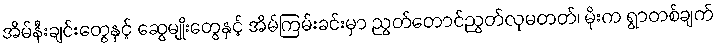
အိမ်နီးချင်းတွေနှင့် ဆွေမျိုးတွေနှင့် အိမ်ကြမ်းခင်းမှာ ညွတ်တောင်ညွတ်လုမတတ်၊ မိုးက ရွာတစ်ချက်